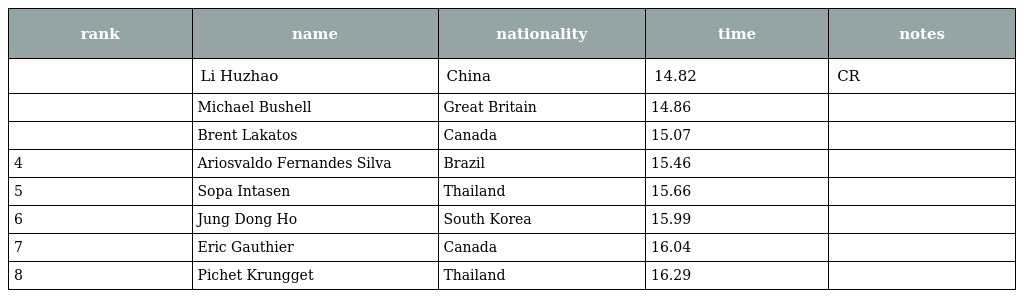
| rank | name | nationality | time | notes |
 | --- | --- | --- | --- | --- |
 |  | Li Huzhao | China | 14.82 | CR |
 |  | Michael Bushell | Great Britain | 14.86 |  |
 |  | Brent Lakatos | Canada | 15.07 |  |
 | 4 | Ariosvaldo Fernandes Silva | Brazil | 15.46 |  |
 | 5 | Sopa Intasen | Thailand | 15.66 |  |
 | 6 | Jung Dong Ho | South Korea | 15.99 |  |
 | 7 | Eric Gauthier | Canada | 16.04 |  |
 | 8 | Pichet Krungget | Thailand | 16.29 |  |